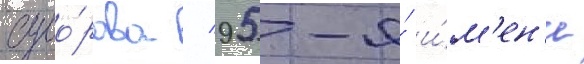
суво́рова / 95-я́ и́м'ен'и